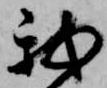
我